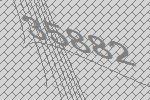
35882